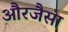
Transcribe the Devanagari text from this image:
औरजैसा